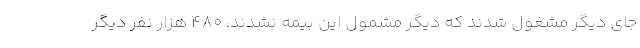
جای دیگر مشغول شدند که دیگر مشمول این بیمه نشدند، ۴۸۰ هزار نفر دیگر